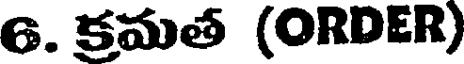
6. క్రమత (ORDER)